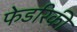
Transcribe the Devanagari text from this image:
फेडरिकी